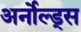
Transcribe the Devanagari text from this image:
अर्नोल्ड्स